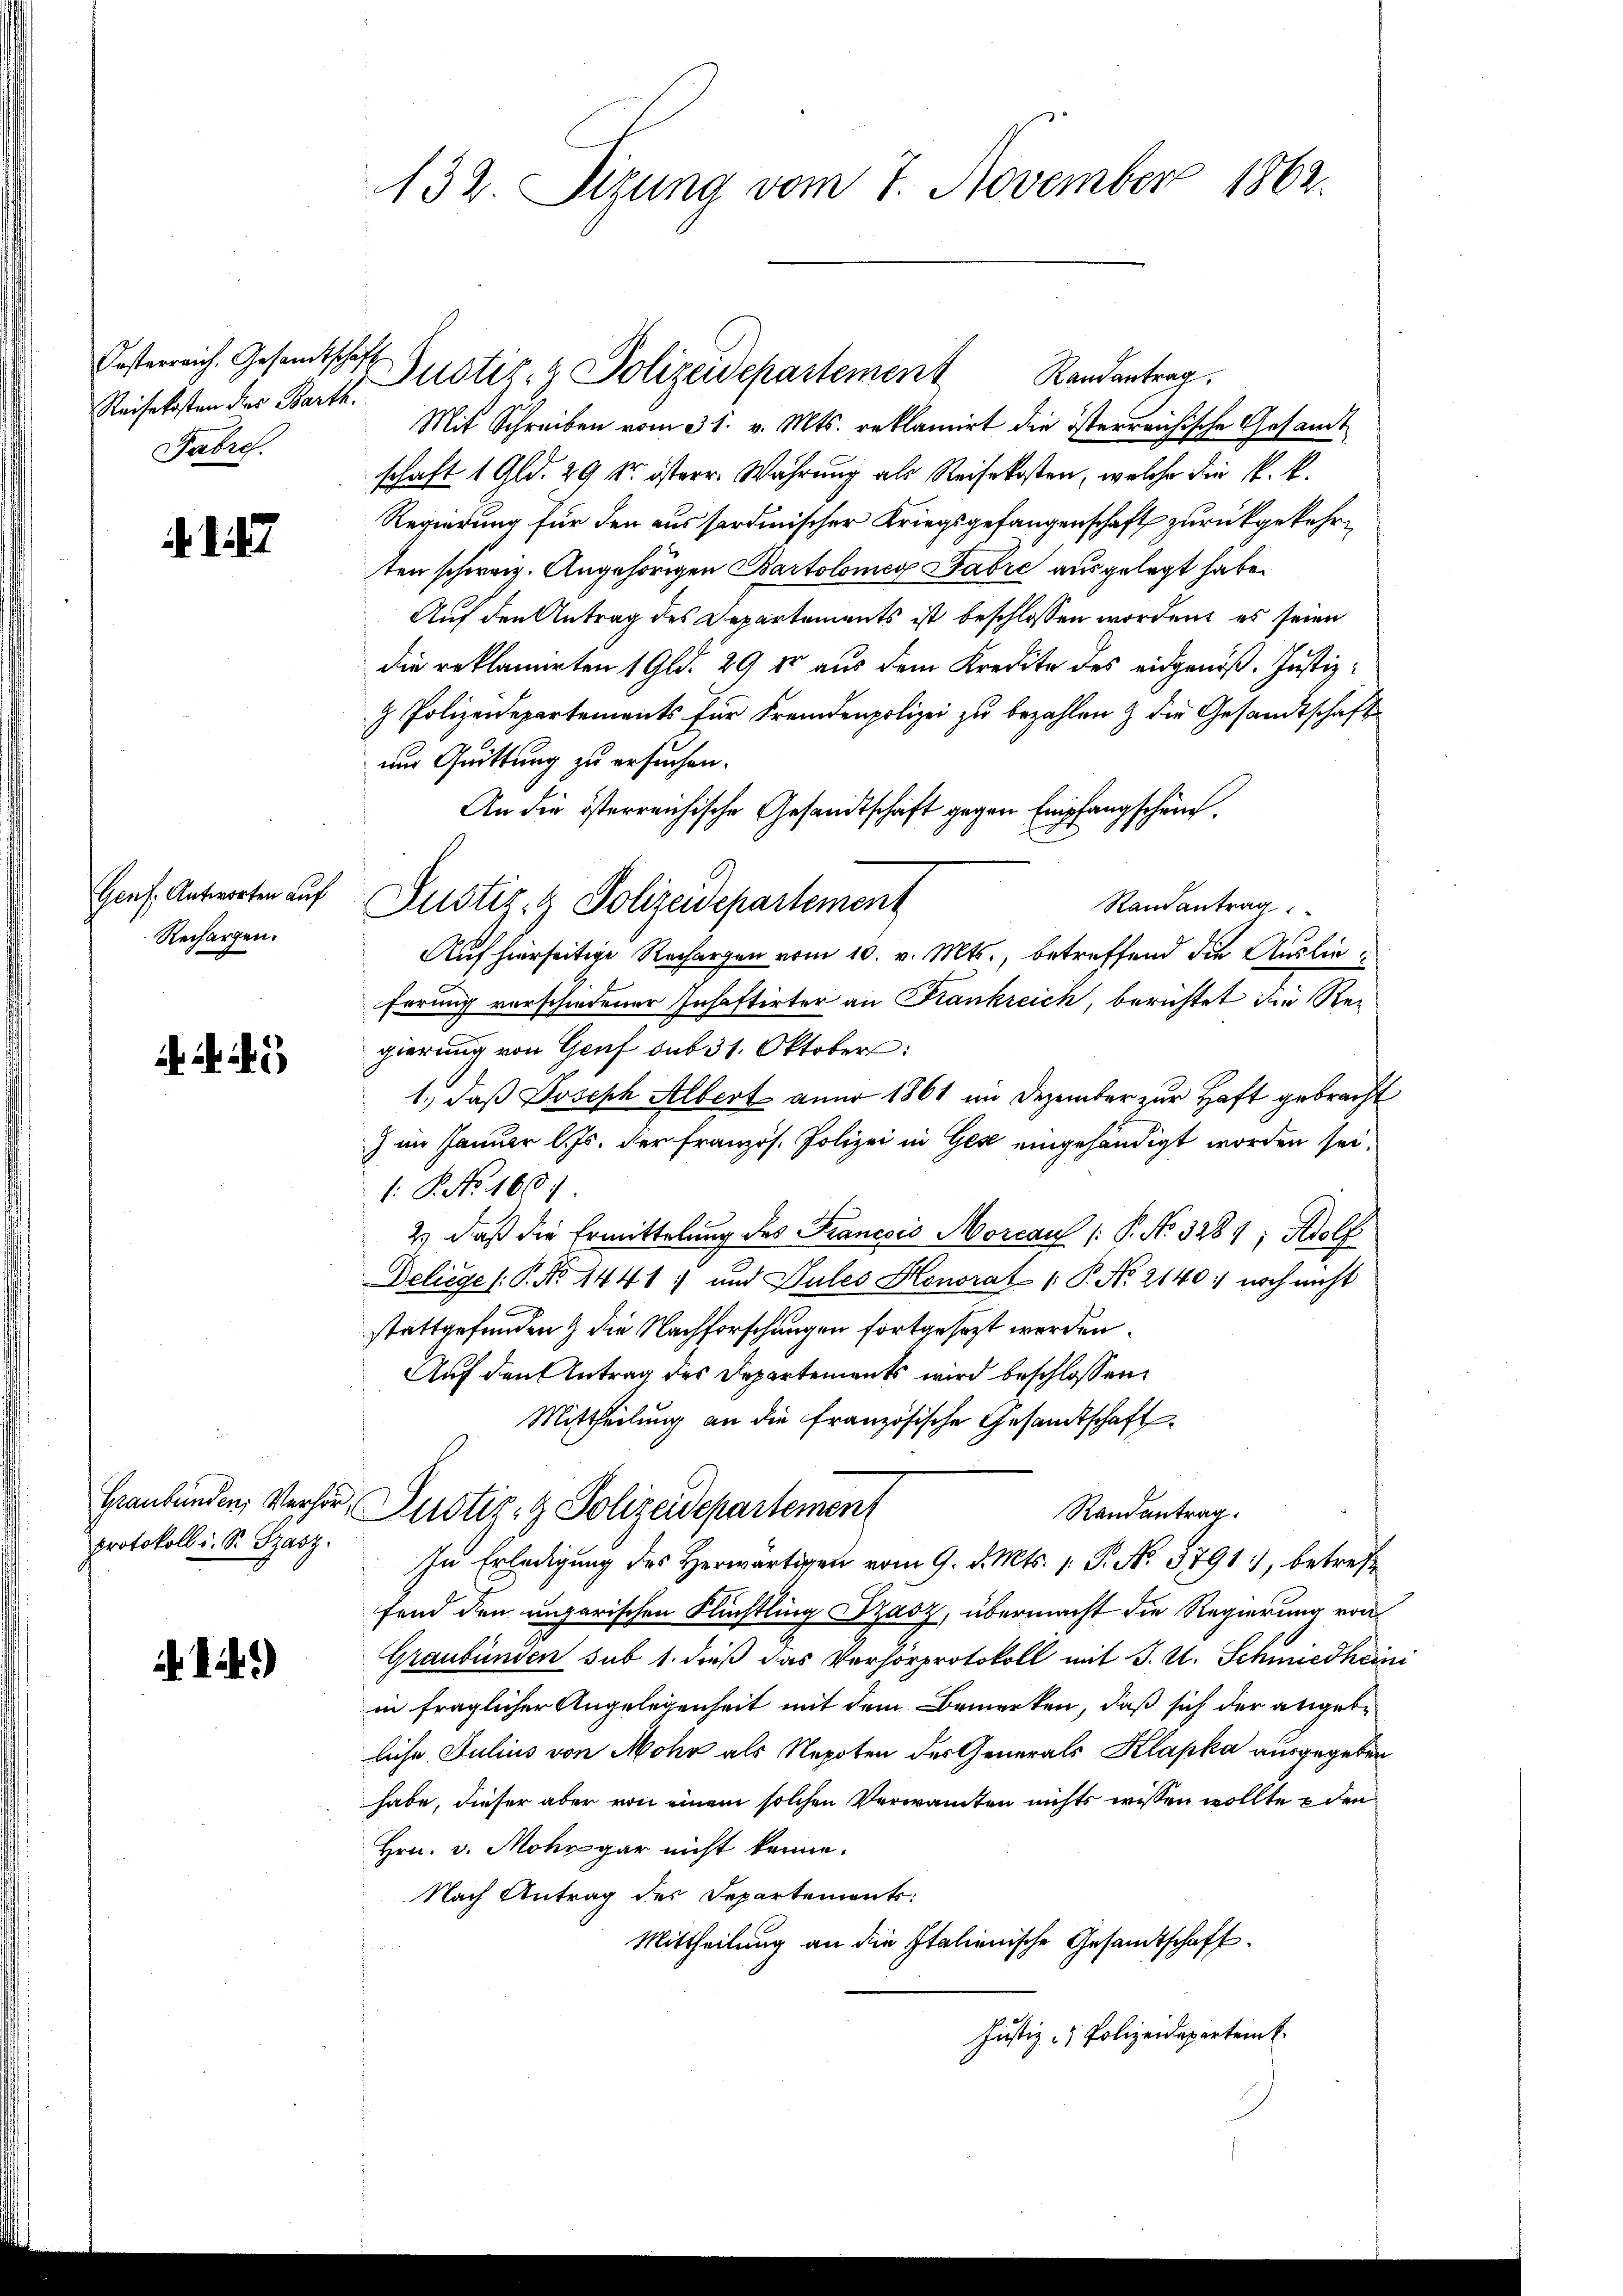
Oesterreich. Gesandtschaft
Reisekosten der Barth.
Fabre

Genf. Antworten auf
Rechargen.

Protokoll u. S. Szasz.

)

132. Sizung vom 7. November 1862.

Mit Schreiben vom 31. v. Mts. reklamirt die österreichische Gesamt
schaft 1 Gld. 29 Sr. österr. Wahrung als Reisekosten, welche die k. k.
Regierung für den ausserdinischer Kriegsgefangenschaft zurückgekehrten schweiz. Angehörigen Bartolomer Fabre ausgelegt habe.
Auf den Antrag des Departements ist beschlossen worden, es seien
die reklamirten 1 Gld. 29 t aus dem Kredite des eidgenöß. Justiz-
 Polizeidepartements für Fremdenpolizei zu bezahlen & die Gesandtschaft
und Quittung zu ersuchen.
An die österreichische Gesandtschrift gegen Empfangschen.
Randantrag
Auf hierseitige Rechargen vom 10. v. Mts., betreffend die Auslieferung vorschiedener Inhaftirter an Frankreich, berichtet im Rei
gierung von Genf sub 31. Oktober:
1., daß Joseph Albert aner 1861 im Dezember zur Haft gebracht
) im Januar l. Js. der französ. Polizei in Gese eingehändigt worden sei.
1: P. No. 160.
2.) Daß die Ermittelung des Francois Morcau / P. No. 3281; Adolf
Deliege (P. No 1441 ; und Pules Honorat P. No. 2140: noch nicht
stattgefunden & die Nachforschungen fortgesezt werden.
Auf den Antrag des Departements wird beschlossen,
Mittheilung an die französische Gesandtschaft
Graubünden, Verhör, Justiz- & Polizeidepartement
Ranantrag
In Erledigung des Herwärtigen vom 9. d. Mts. 1. P. No 8791, betreff
fend den ungarischen Flüchtling Dzasz, übermacht die Regierung von
Graubünden sub 1. dieß das Verhorprotokoll mit J. U. Schmiedheini
in fraglicher Angelegenheit mit dem Bemerken, daß sich der abgebe
liche Julius von Mohr als Nepoten des Generals Klapka ausgegeben
habe, dieser aber von einem solchen Verwanten nichts wissen wollte & den
Hrn. v. Mohr gar nicht kenne.
Nach Antrag des Departements:
Mittheilung an die Italienische Gesandtschaft.
Justiz- & Polizeidepartem

Justiz- & Polizeidepartement

Justiz- & Polizeidepartement Randantrag.